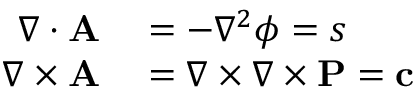
\begin{array} { r l } { \nabla \cdot \mathbf { A } } & { { } = - \nabla ^ { 2 } \phi = s } \\ { \nabla \times \mathbf { A } } & { { } = \nabla \times \nabla \times \mathbf { P } = \mathbf { c } } \end{array}